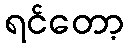
ရင်တော့